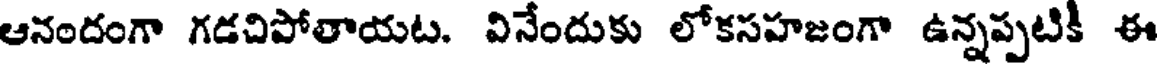
ఆనందంగా గడచిపోతాయట. వినేందుకు లోకసహజంగా ఉన్నప్పటికి ఈ